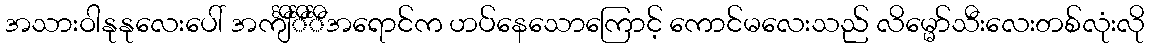
အသားဝါနုနုလေးပေါ် အင်္ကျီင်္ီင်္ီအရောင်က ဟပ်နေသောကြောင့် ကောင်မလေးသည် လိမ္မော်သီးလေးတစ်လုံးလို